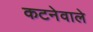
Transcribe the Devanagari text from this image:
कटनेवाले